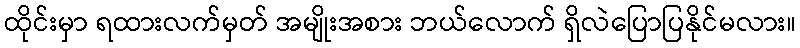
ထိုင်းမှာ ရထားလက်မှတ် အမျိုးအစား ဘယ်လောက် ရှိလဲပြောပြနိုင်မလား။